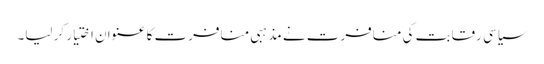
سیاسی رقابت کی منافرت نے مذہبی منافرت کا عنوان اختیار کر لیا۔